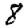
Digit: 8